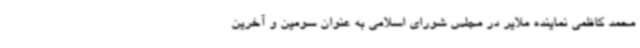
محمد کاظمی نماینده ملایر در مجلس شورای اسلامی به عنوان سومین و آخرین